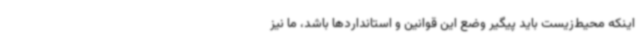
اینکه محیط‌زیست باید پیگیر وضع این قوانین و استانداردها باشد، ما نیز